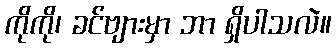
ကိုကို၊ ခင်ဗျားမှာ ဘာ ရှိပါသလဲ။